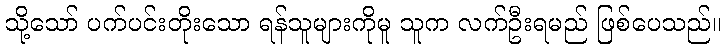
သို့သော် ပက်ပင်းတိုးသော ရန်သူများကိုမူ သူက လက်ဦးရမည် ဖြစ်ပေသည်။